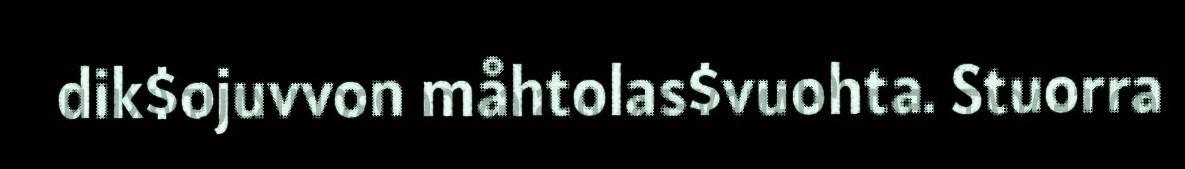
dik$ojuvvon måhtolas$vuohta. Stuorra